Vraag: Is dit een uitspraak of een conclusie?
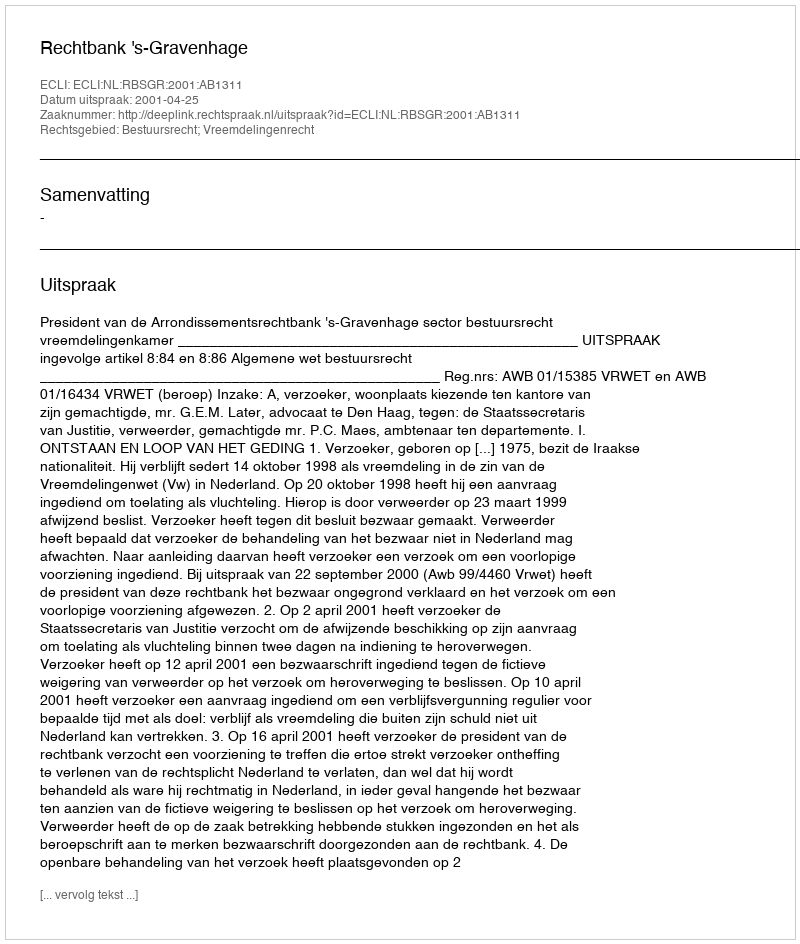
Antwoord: Uitspraak